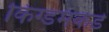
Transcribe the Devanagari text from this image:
किंग्डमकडे